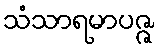
သံသာရမာပဇ္ဇ